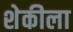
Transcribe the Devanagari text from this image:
शेकीला